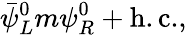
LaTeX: \bar{\psi}_{L}^{0}m\psi_{R}^{0}+\mathrm{h.c.},